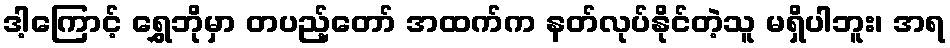
ဒါ့ကြောင့် ရွှေဘိုမှာ တပည့်တော် အထက်က နတ်လုပ်နိုင်တဲ့သူ မရှိပါဘူး၊ အရ